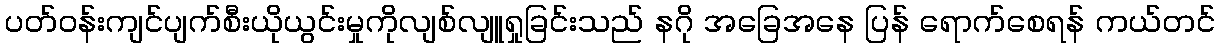
ပတ်ဝန်းကျင်ပျက်စီးယိုယွင်းမှုကိုလျစ်လျူရှုခြင်းသည် နဂို အခြေအနေ ပြန် ရောက်စေရန် ကယ်တင်